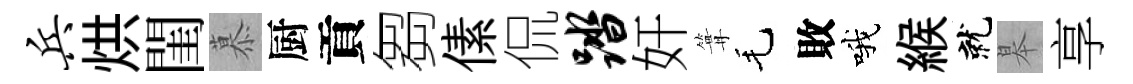
兵烘閨慕厨貢芻傃侃踏奸篝毛敗哦緱就皋享